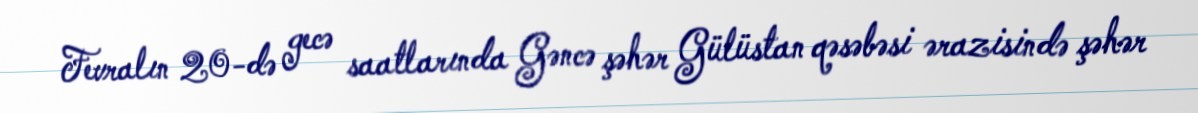
Fevralın 20-də gecə saatlarında Gəncə şəhər Gülüstan qəsəbəsi ərazisində şəhər